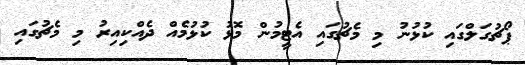
ޕޯޗުގަލްގައި ކުޅުނު މި މެޗުގައި އެޓީމުން މޮޅު ކުޅުމެއް ދެއްކިއިރު މި މެޗުގައި